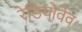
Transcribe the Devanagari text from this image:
रेडियोवेव